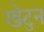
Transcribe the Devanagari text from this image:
खेटुन